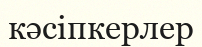
кәсіпкерлер